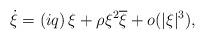
LaTeX: \begin{align*}\dot{\xi }=\left( iq\right) \xi +\rho \xi ^{2}\overline{\xi }+o(|\xi |^{3}), \end{align*}